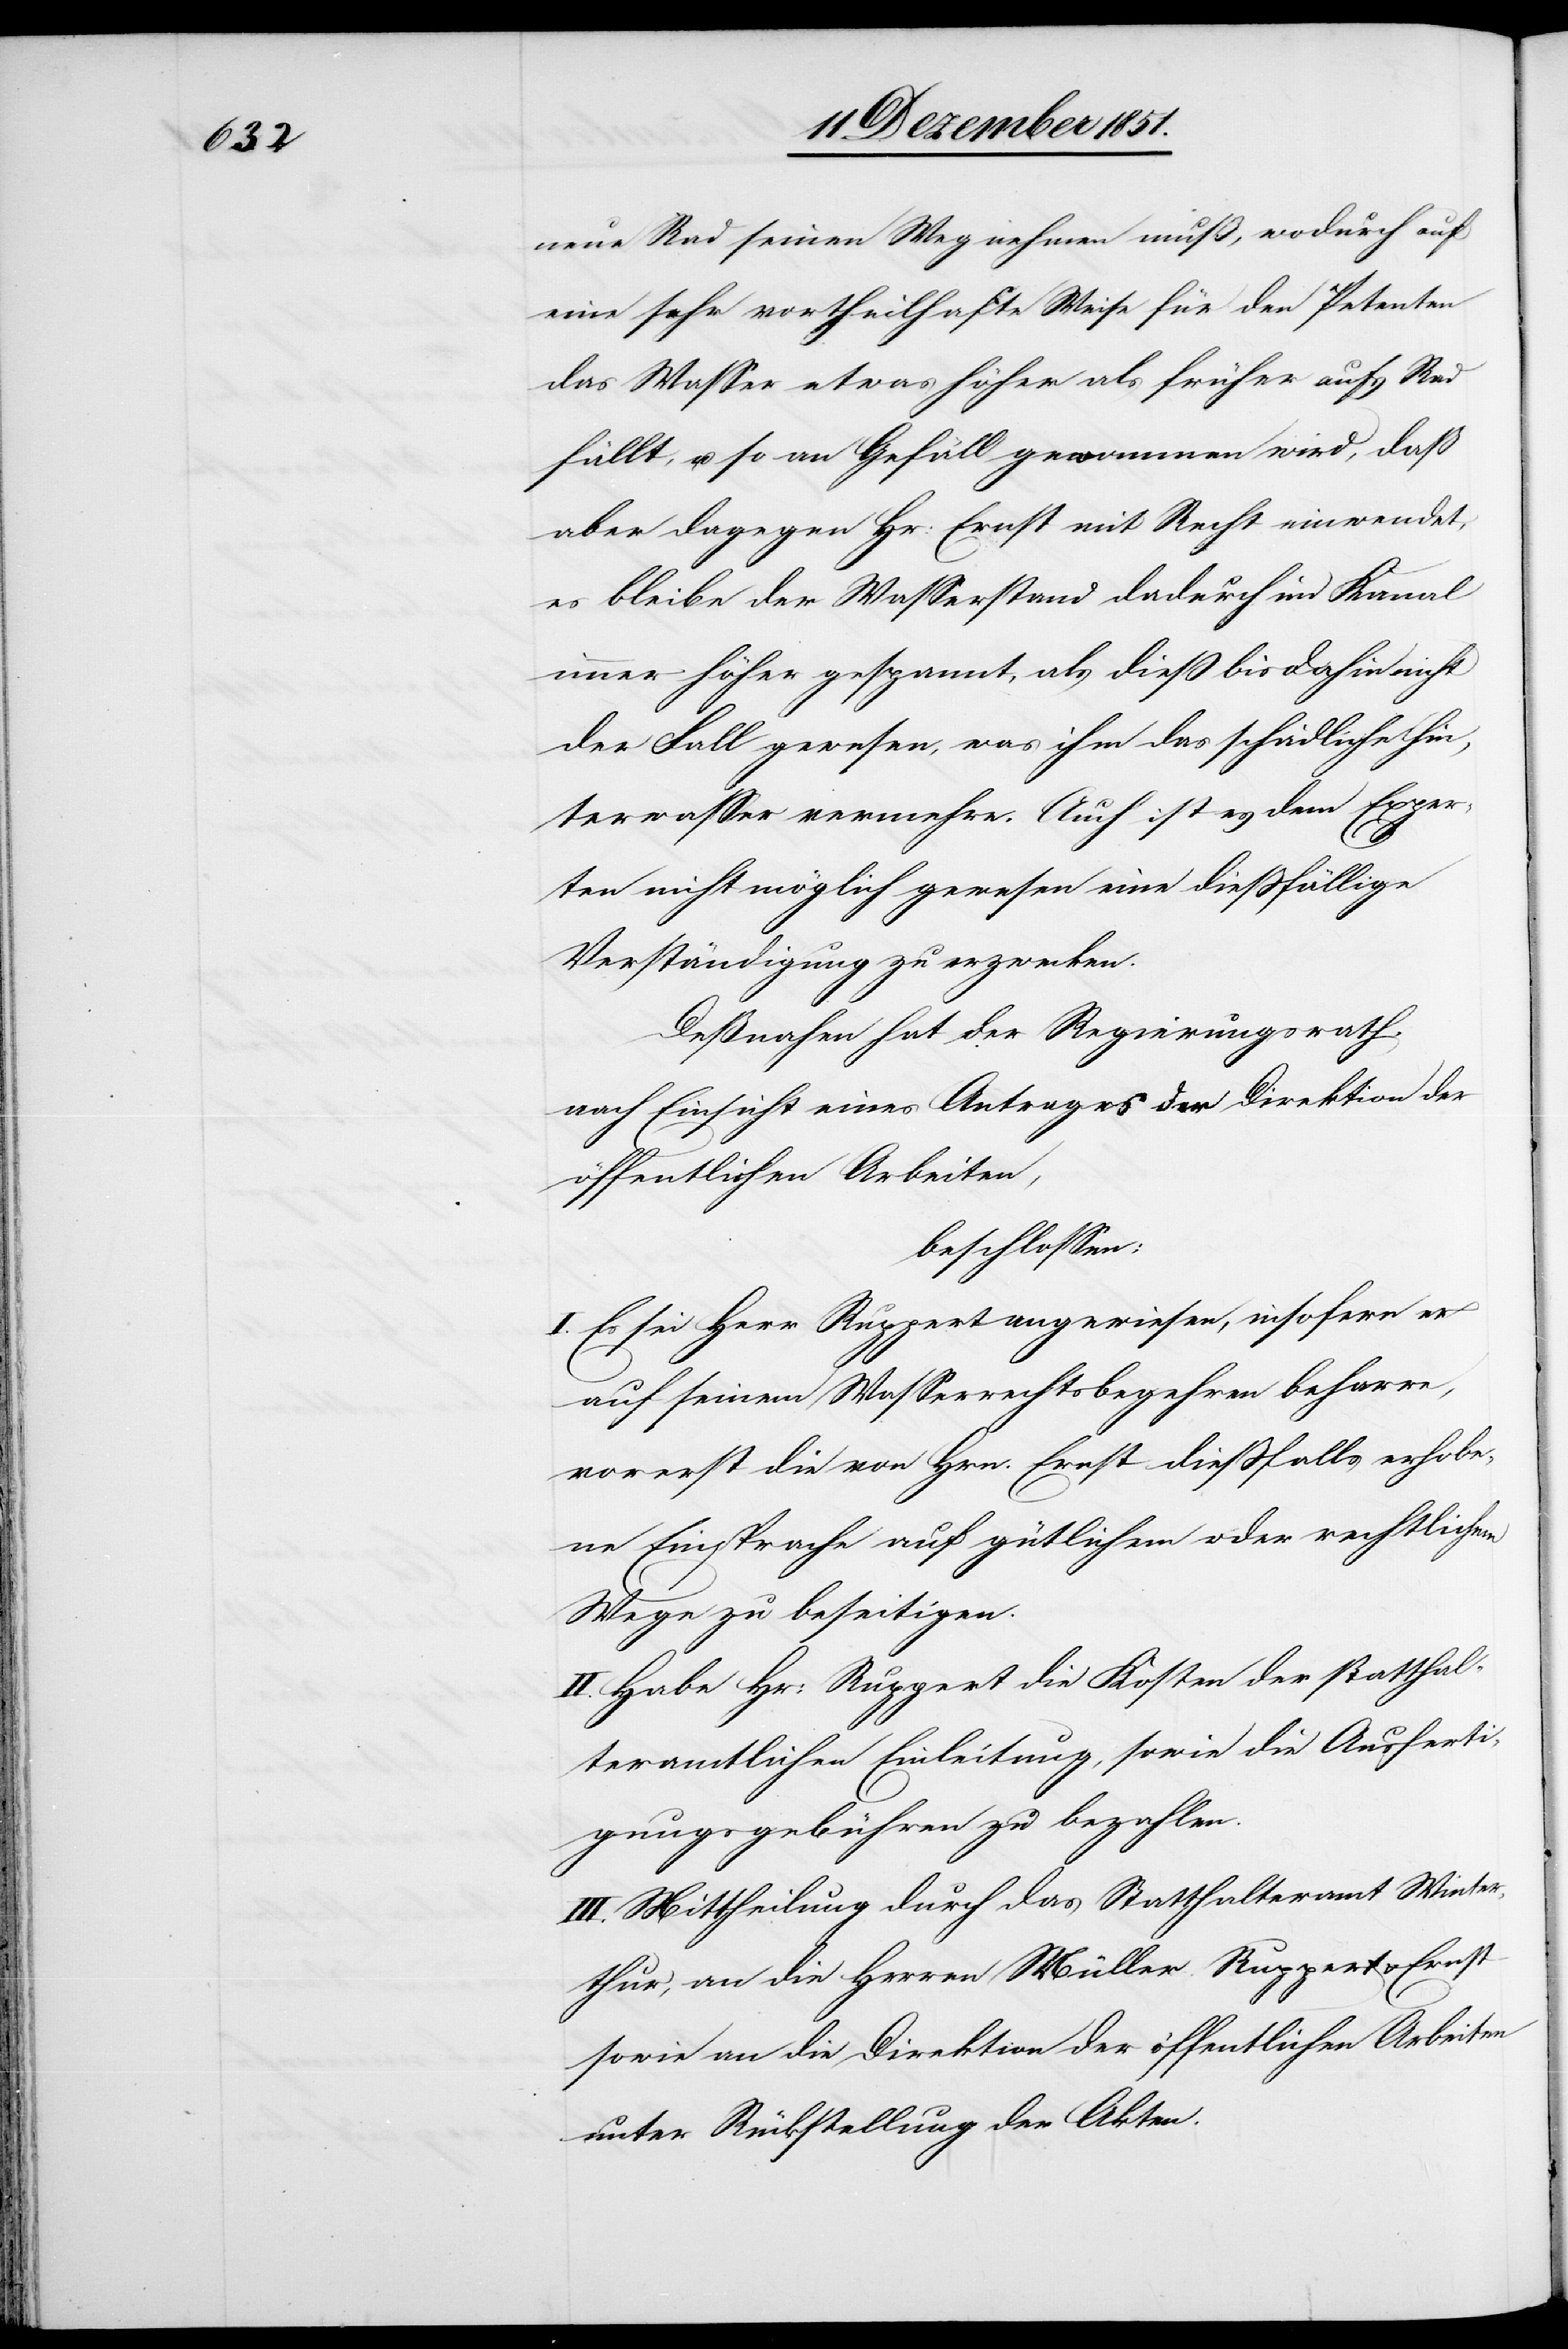
neue Rad seinen Weg nehmen muß, wodurch auf
eine sehr vortheilhafte Weise für den Petenten
das Wasser etwas höher als früher aufs Rad
fällt, u. so an Gefäll gewonnnen [sic!] wird, daß
aber dagegen Hr: Ernst mit Recht einwendet,
es bleibe der Wasserstand dadurch im Kanal
immer höher gespannt, als dieß bisdahin nicht
der Fall gewesen, was ihm das schädliche Hin¬
terwasser vermehre. Auch ist es dem Exper¬
ten nicht möglich gewesen eine dießfällige
Verständigung zu erzwecken.
Deßnahen hat der Regierungsrath,
nach Einsicht eines Antrages der Direktion der
öffentlichen Arbeiten,
beschlossen:
I. Es sei Herr Ruppert angewiesen, insofern er
auf seinem Wasserrechtsbegehren beharre,
vorerst die von Hrn. Ernst dießfalls erhobe¬
ne Einsprache auf gütlichem oder rechtlichem
Wege zu beseitigen.
II. Habe Hr: Ruppert die Kosten der statthal¬
teramtlichen Einleitung, sowie die Ausferti¬
gungsgebühren zu bezahlen.
III. Mittheilung durch das Statthalteramt Winter¬
thur, an die Herren Müller Ruppert & Ernst
sowie an die Direktion der öffentlichen Arbeiten
unter Rückstellung der Akten.